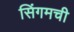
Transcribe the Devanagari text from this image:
सिंगमची